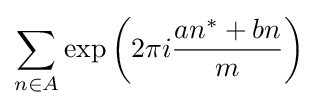
\sum _{n\in A}\exp \left(2\pi i{\frac {an^{*}+bn}{m}}\right)